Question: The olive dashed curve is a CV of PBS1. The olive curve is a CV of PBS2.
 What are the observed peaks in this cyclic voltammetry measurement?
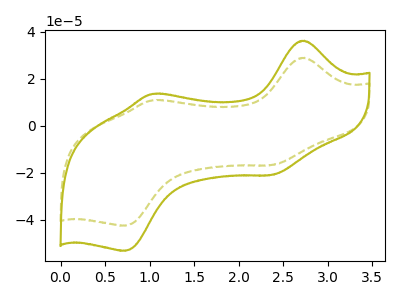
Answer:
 <answer>The olive dashed curve "PBS1" has anodic peaks at (2.75V, 28.90uA) (1.05V, 10.85uA) and cathodic peaks at (2.35V, -16.70uA) (0.75V, -42.40uA). The olive curve "PBS2" has anodic peaks at (2.75V, 36.15uA) (1.05V, 13.55uA) and cathodic peaks at (2.35V, -20.90uA) (0.75V, -53.10uA).</answer>
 <eval></eval>